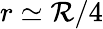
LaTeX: r\simeq\mathcal{R}/4